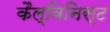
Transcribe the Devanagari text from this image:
कैल्विनिस्ट